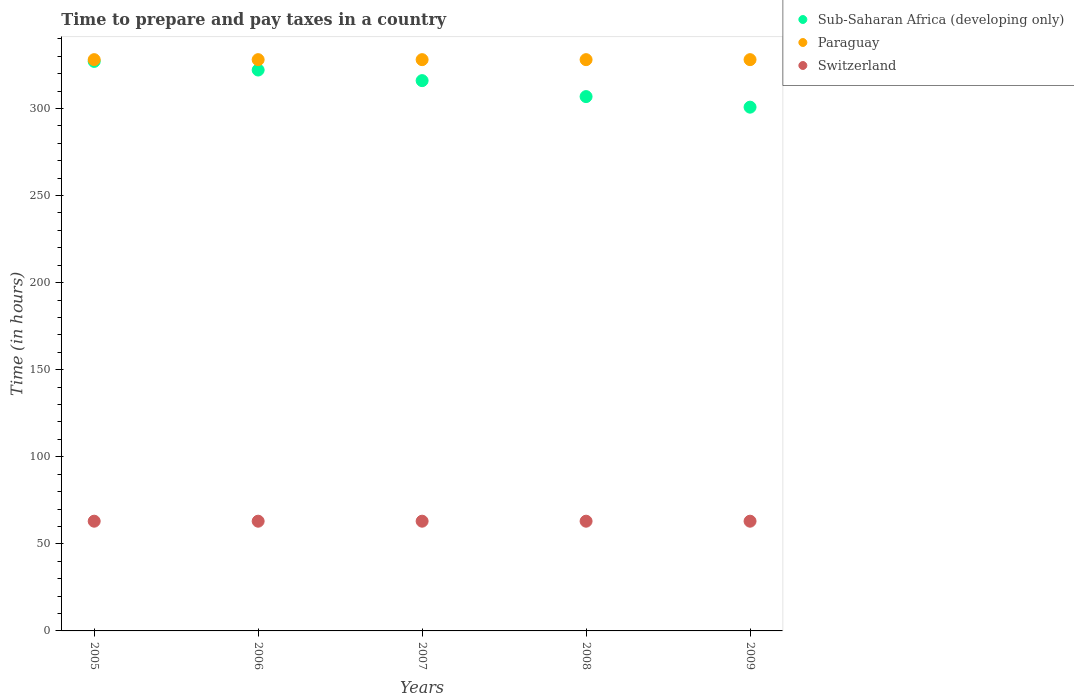
| Years | Sub-Saharan Africa (developing only) | Paraguay | Switzerland |
 | --- | --- | --- | --- |
 | 2005 | 327 | 328 | 63 |
 | 2006 | 322 | 328 | 63 |
 | 2007 | 316 | 328 | 63 |
 | 2008 | 307 | 328 | 63 |
 | 2009 | 301 | 328 | 63 |